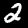
Digit: 2